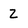
Character: 2